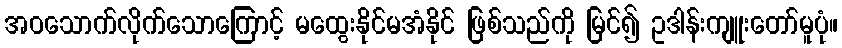
အဝသောက်လိုက်သောကြောင့် မထွေးနိုင်မအံနိုင် ဖြစ်သည်ကို မြင်၍ ဥဒါန်းကျူးတော်မူပုံ။